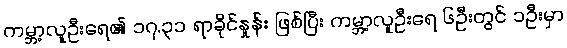
ကမ္ဘာ့လူဦးရေ၏ ၁၇.၃၁ ရာခိုင်နှုန်း ဖြစ်ပြီး ကမ္ဘာ့လူဦးရေ ၆ဦးတွင် ၁ဦးမှာ